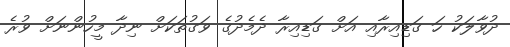
ދުވާލަކު ހަ ގަޑިއިރާއި އަށް ގަޑިއިރާ ދެމެދުގެ ވަގުތަކަށް ނިދާ މީހުންނަށް ވުރެ